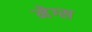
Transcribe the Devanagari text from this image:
मेग्स